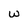
Character: w